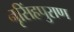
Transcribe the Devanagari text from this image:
नृसिंहपुराण